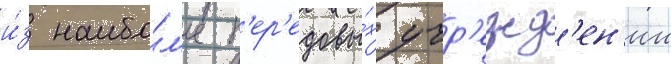
и́з наибо́л'ее п'ер'едовы́х учр'ежд'ен'ии